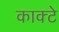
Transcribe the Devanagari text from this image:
काक्टे